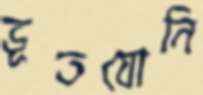
ভূতযোনি